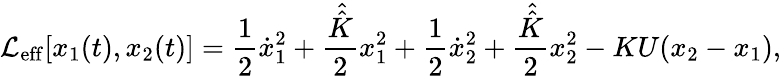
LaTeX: \mathcal{L}_{\mathrm{eff}}[x_{1}(t),x_{2}(t)]=\frac{1}{2}\dot{x}_{1}^{2}+\frac{\hat{\hat{K}}}{2}x_{1}^{2}+\frac{1}{2}\dot{x}_{2}^{2}+\frac{\hat{\hat{K}}}{2}x_{2}^{2}-KU({x}_{2}-{x}_{1}),